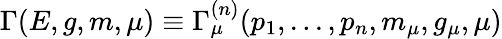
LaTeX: \Gamma(E,g,m,\mu)\equiv\Gamma_{\mu}^{(n)}(p_{1},...,p_{n},m_{\mu},g_{\mu},\mu)